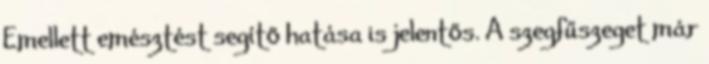
Emellett emésztést segítő hatása is jelentős. A szegfűszeget már